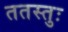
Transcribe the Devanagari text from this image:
ततस्तुः